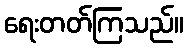
ရေးတတ်ကြသည်။